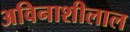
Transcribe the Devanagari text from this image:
अविनाशीलाल